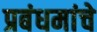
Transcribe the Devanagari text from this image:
प्रबंधमांचे